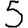
Digit: 5